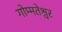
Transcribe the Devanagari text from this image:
गोम्मतेश्वर